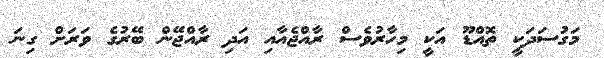
މަގުސަދަކީ ތޮއްޑޫ އަކީ މިހާރުވެސް ރާއްޖެއާއި އަދި ރާއްޖޭން ބޭރުގެ ވަރަށް ގިނަ